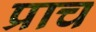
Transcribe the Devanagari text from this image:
प्राच